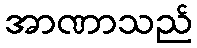
အာဏာသည်